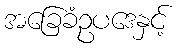
အခြေခံဥပဒေနှင့်